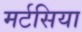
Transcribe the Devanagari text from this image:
मर्टसिया